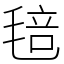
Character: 毰